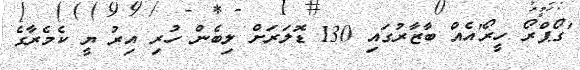
'ގޯޕްރޯ ހީރޯ'އެއް ބާޒާރުގައި 130 ޑޮލަރަށް ލިބެން ހުރި އިރު ޔީ ކެމެރާގެ